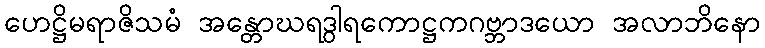
ဟေဋ္ဌိမရာဇိသမံ အန္တောဃရဒွါရကောဋ္ဌကဂဗ္ဘာဒယော အလာဘိနော